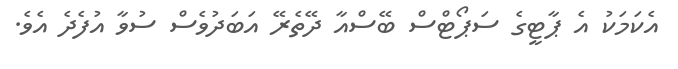
އެކަމަކު އެ ޕާޓީގެ ސަޕޯޓްސް ބޭސްއާ ދޭތެރޭ އަބަދުވެސް ސުވާ އުފެދެ އެވެ.